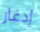
إدغار